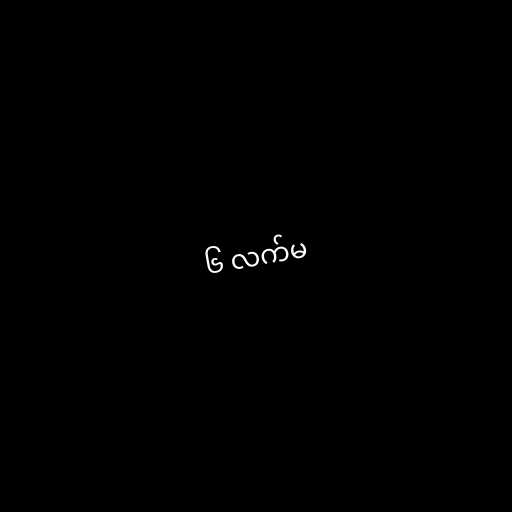
၆ လက်မ